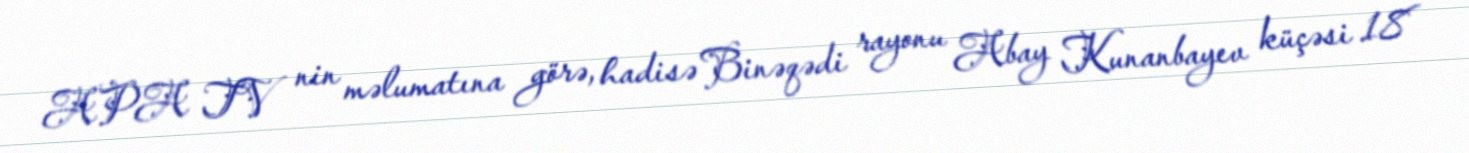
APA TV nin məlumatına görə, hadisə Binəqədi rayonu Abay Kunanbayev küçəsi 18